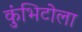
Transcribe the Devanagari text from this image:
कुंभिटोला